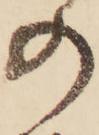
の